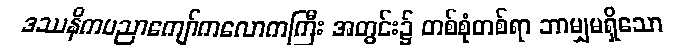
ဒဿနိကပညာကျော်ကလောကကြီး အတွင်း၌ တစ်စုံတစ်ရာ ဘာမျှမရှိသော